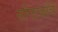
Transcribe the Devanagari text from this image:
सोंगट्यांचे